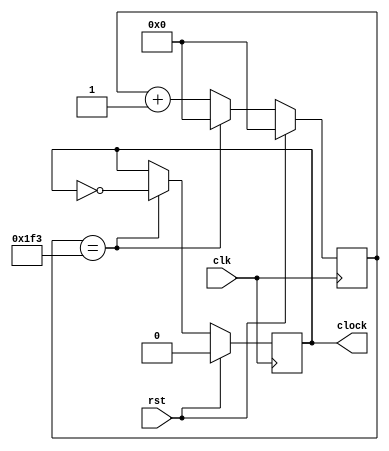
`timescale 1ns / 1ps

module DivideClk(
    input clk,
    input rst,
    output reg clock
);
parameter period = 1000;
reg[19:0] cnt;

always @(posedge clk) begin
    if(rst) begin
        cnt <= 0;
        clock <= 0;
    end 
    else begin
        if(cnt == ((period >> 1) - 1)) begin
            clock <= ~clock;
            cnt <= 0;
        end 
        else begin
            cnt <= cnt + 1;
        end
    end
end

endmodule